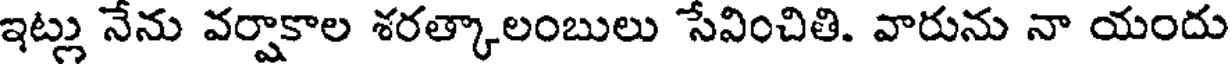
ఇట్లు నేను వర్షాకాల శరత్కాలంబులు సేవించితి. వారును నా యందు